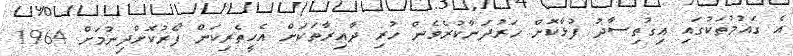
އެ ގައުމުތަކުގައި އިގުތިސާދު ފުޅާކޮށް ހަރުދަނާކުރެވެން ހުރި ދާއިރާތަކަށް އެހީތެރިކަން ފޯރުކޮށްދިނުމަށް 1964